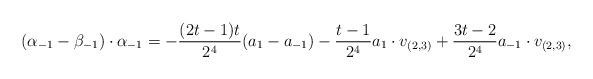
LaTeX: \begin{align*}(\alpha_{-1} - \beta_{-1}) \cdot \alpha_{-1} = -\frac{(2t - 1)t}{2^4}(a_1 - a_{-1}) -\frac{t - 1}{2^4}a_1 \cdot v_{(2,3)} + \frac{3t - 2}{2^4} a_{-1} \cdot v_{(2,3)},\end{align*}